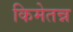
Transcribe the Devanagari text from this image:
किमेतन्न